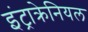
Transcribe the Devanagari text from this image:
इंट्राक्रेनियल